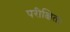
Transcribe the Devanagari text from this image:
परीक्षित।